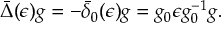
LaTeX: \bar { \Delta } ( \epsilon ) g = - \bar { \delta } _ { 0 } ( \epsilon ) g = g _ { 0 } \epsilon g _ { 0 } ^ { - 1 } g .